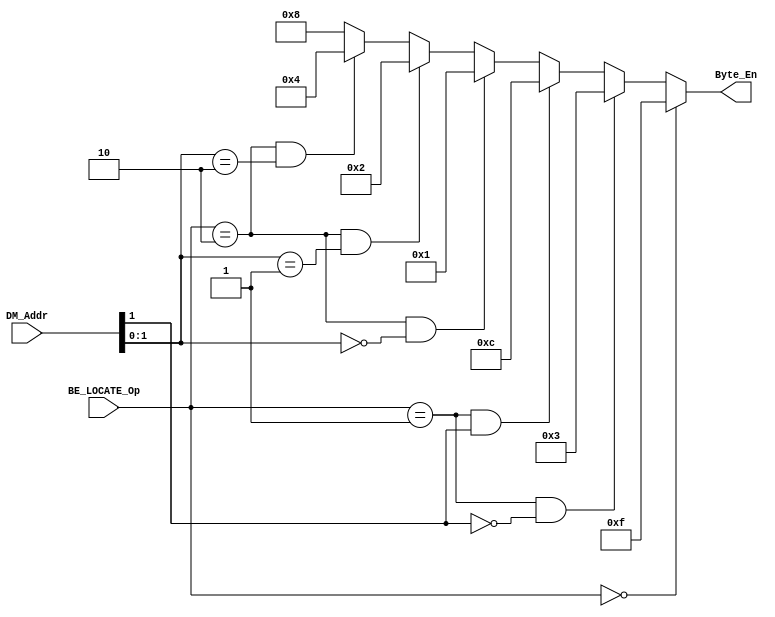
`timescale 1ns / 1ps
//////////////////////////////////////////////////////////////////////////////////
// Company: 
// Engineer: 
// 
// Design Name: 
// Module Name:    BE_LOCATE 
// Project Name: 
// Target Devices: 
// Tool versions: 
// Description: 
//
// Dependencies: 
//
// Revision: 
// Revision 0.01 - File Created
// Additional Comments: 
//
//////////////////////////////////////////////////////////////////////////////////
module BE_LOCATE(
	input[31:0] DM_Addr,
	input[1:0] BE_LOCATE_Op,
	output[3:0] Byte_En
    );
	 wire[1:0] Low;
	 assign Low = DM_Addr[1:0];
	assign Byte_En = (BE_LOCATE_Op==2'b00)? 4'b1111:
							((BE_LOCATE_Op==2'b01)&&(Low[1]==1'b0))? 4'b0011:
							((BE_LOCATE_Op==2'b01)&&(Low[1]==1'b1))? 4'b1100:
							((BE_LOCATE_Op==2'b10)&&(Low==2'b00))?   4'b0001:
							((BE_LOCATE_Op==2'b10)&&(Low==2'b01))?   4'b0010:
							((BE_LOCATE_Op==2'b10)&&(Low==2'b10))?   4'b0100:
	                                               	                   4'b1000;
							                                                 
endmodule